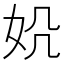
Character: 𪥪